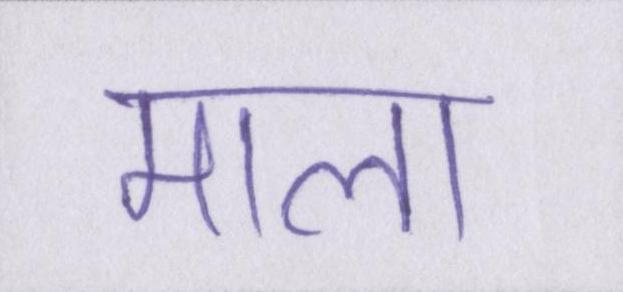
माला